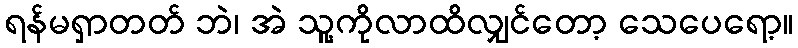
ရန်မရှာတတ် ဘဲ၊ အဲ သူ့ကိုလာထိလျှင်တော့ သေပေရော့။